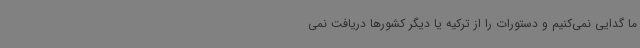
ما گدایی نمی‌کنیم و دستورات را از ترکیه یا دیگر کشورها دریافت نمی